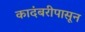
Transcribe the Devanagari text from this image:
कादंबरीपासून